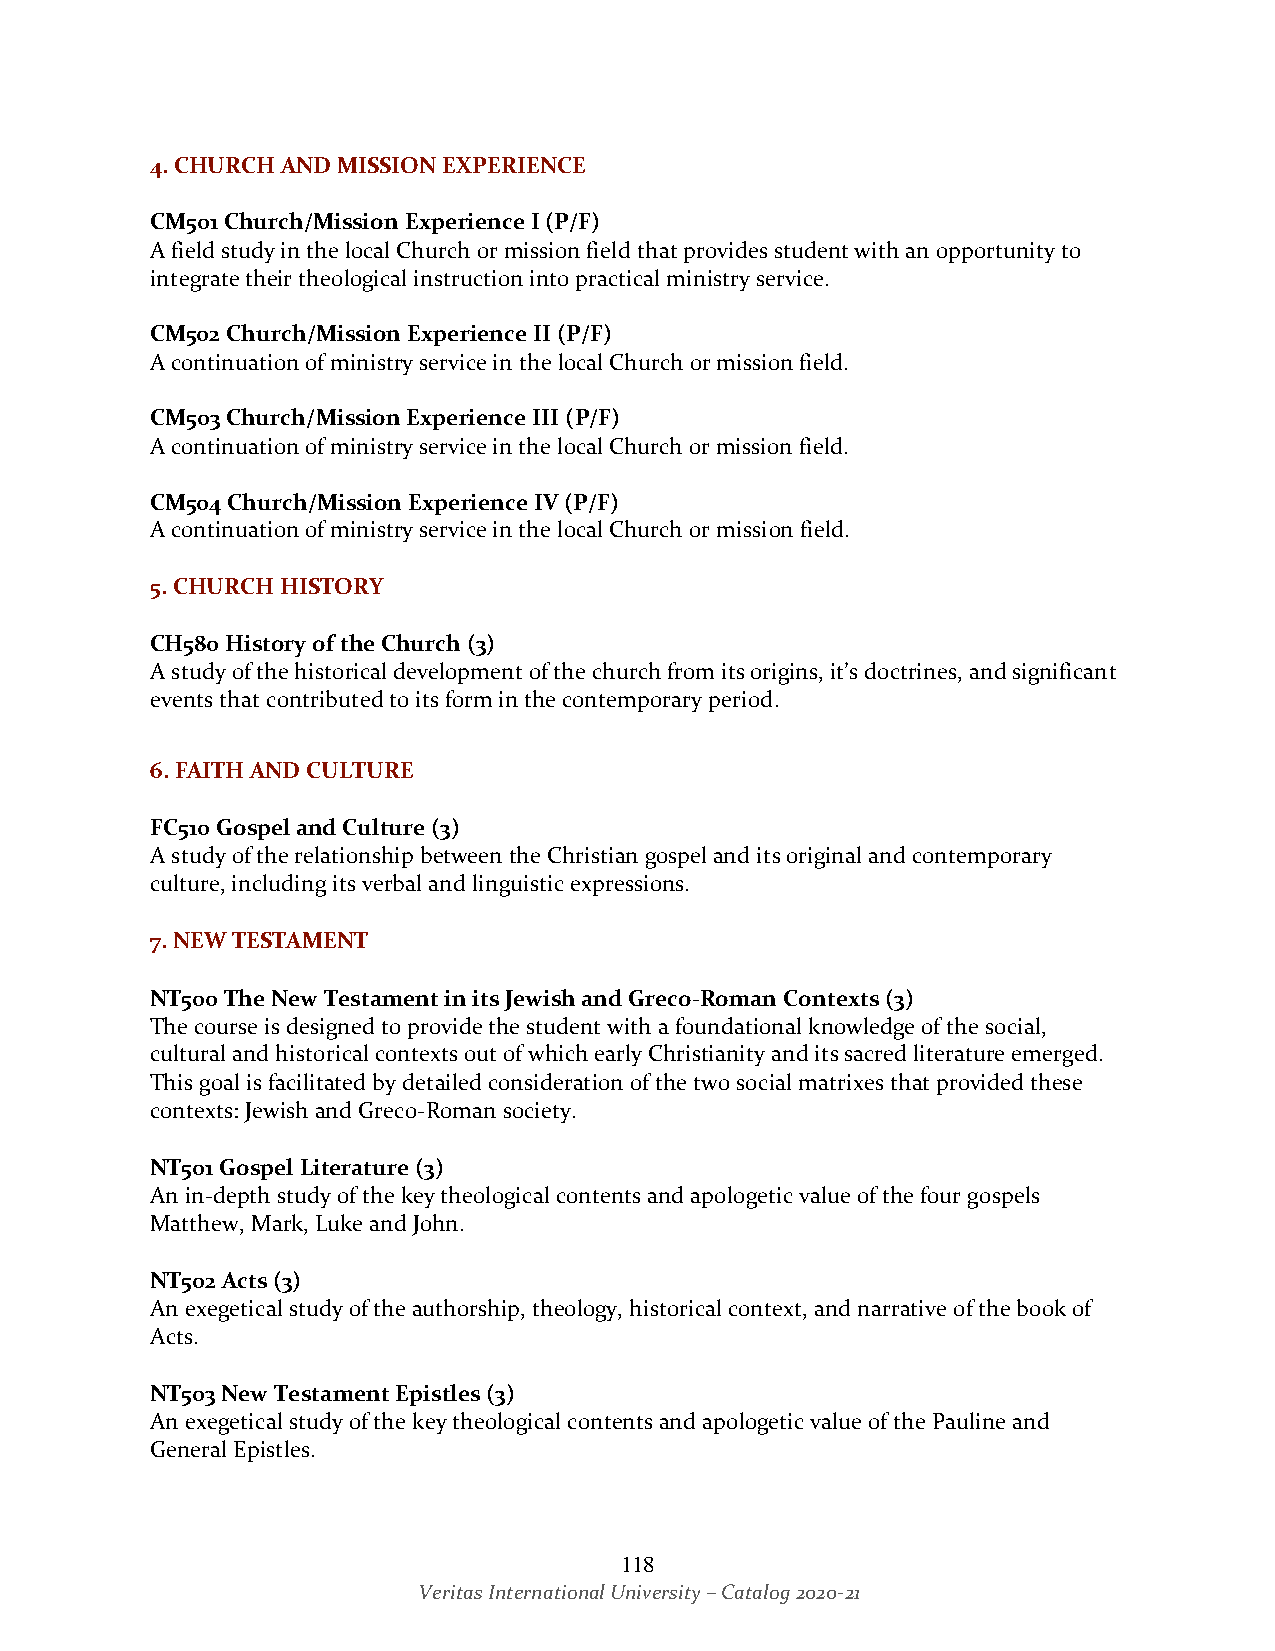
4. CHURCH AND MISSION EXPERIENCE
 CM501 Church/Mission Experience I (P/F)
 A field study in the local Church or mission field that provides student with an opportunity to
 integrate their theological instruction into practical ministry service.
 CM502 Church/Mission Experience II (P/F)
 A continuation of ministry service in the local Church or mission field.
 CM503 Church/Mission Experience III (P/F)
 A continuation of ministry service in the local Church or mission field.
 CM504 Church/Mission Experience IV (P/F)
 A continuation of ministry service in the local Church or mission field.
 5. CHURCH HISTORY
 CH580 History of the Church (3)
 A study of the historical development of the church from its origins, it’s doctrines, and significant
 events that contributed to its form in the contemporary period.
 6. FAITH AND CULTURE
 FC510 Gospel and Culture (3)
 A study of the relationship between the Christian gospel and its original and contemporary
 culture, including its verbal and linguistic expressions.
 7. NEW TESTAMENT
 NT500 The New Testament in its Jewish and Greco-Roman Contexts (3)
 The course is designed to provide the student with a foundational knowledge of the social,
 cultural and historical contexts out of which early Christianity and its sacred literature emerged.
 This goal is facilitated by detailed consideration of the two social matrixes that provided these
 contexts: Jewish and Greco-Roman society.
 NT501 Gospel Literature (3)
 An in-depth study of the key theological contents and apologetic value of the four gospels
 Matthew, Mark, Luke and John.
 NT502 Acts (3)
 An exegetical study of the authorship, theology, historical context, and narrative of the book of
 Acts.
 NT503 New Testament Epistles (3)
 An exegetical study of the key theological contents and apologetic value of the Pauline and
 General Epistles.
 118
 Veritas International University – Catalog 2020-21